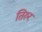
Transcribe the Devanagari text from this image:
तिरुर